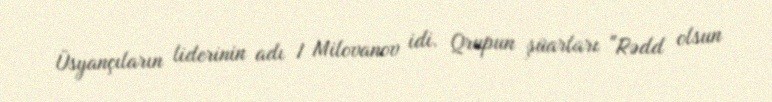
Üsyançıların liderinin adı I Milovanov idi. Qrupun şüarları "Rədd olsun